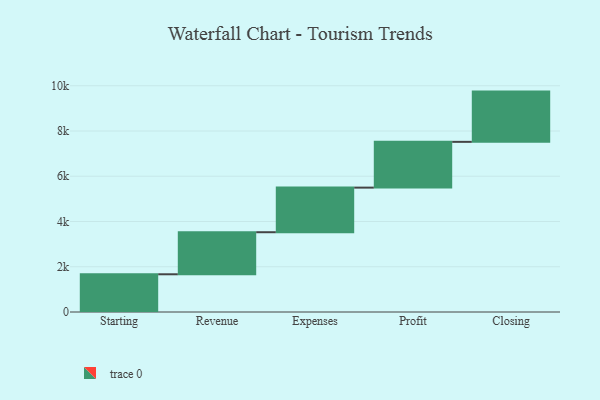
{"axis": {"x": "Step", "y": "Value"}, "legend": [""], "data": [{"x": "Starting", "y": 1667.0, "type": ""}, {"x": "Revenue", "y": 1859.0, "type": ""}, {"x": "Expenses", "y": 1971.0, "type": ""}, {"x": "Profit", "y": 2023.0, "type": ""}, {"x": "Closing", "y": 2221.0, "type": ""}]}